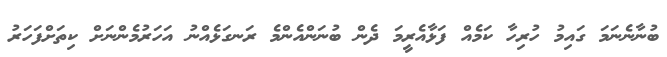
ބުނާނެނަމަ ގައިމު ހުރިހާ ކަމެއް ފަޅާއެރީމަ ދެން ބުނަންއެންމެ ރަނގަޅެއްނު އަހަރުމެންނަށް ކިތަށްފަހަރު